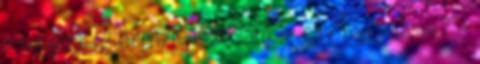
a tulajnak: - Mennyit kell várnom egy hajvágásra? -